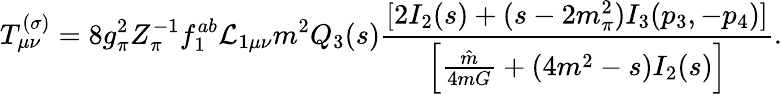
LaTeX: T_{\mu\nu}^{(\sigma)}=8g_{\pi}^{2}Z_{\pi}^{-1}f_{1}^{ab}{\cal L}_{1\mu\nu}m^{2}Q_{3}(s)\frac{[2I_{2}(s)+(s-2m_{\pi}^{2})I_{3}(p_{3},-p_{4})]}{\left[\frac{\hat{m}}{4mG}+(4m^{2}-s)I_{2}(s)\right]}.